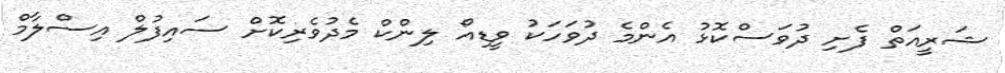
ޝަރީއަތް ފެށި ދުވަސްކޮޅު އެންމެ ދުވަހަކު ވީޑިއޯ ލިންކް މެދުވެރިކޮށް ސައިފުލް އިސްލާމް